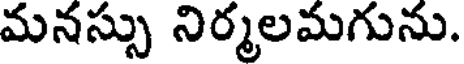
మనస్సు నిర్మలమగును.